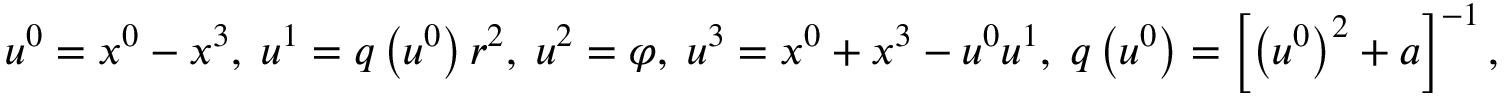
u ^ { 0 } = x ^ { 0 } - x ^ { 3 } , \; u ^ { 1 } = q \left( u ^ { 0 } \right) r ^ { 2 } , \; u ^ { 2 } = \varphi , \; u ^ { 3 } = x ^ { 0 } + x ^ { 3 } - u ^ { 0 } u ^ { 1 } , \; q \left( u ^ { 0 } \right) = \left[ \left( u ^ { 0 } \right) ^ { 2 } + a \right] ^ { - 1 } ,